Indian journal of veterinary science and animal husbandry - Volume 7,
Year: 1937
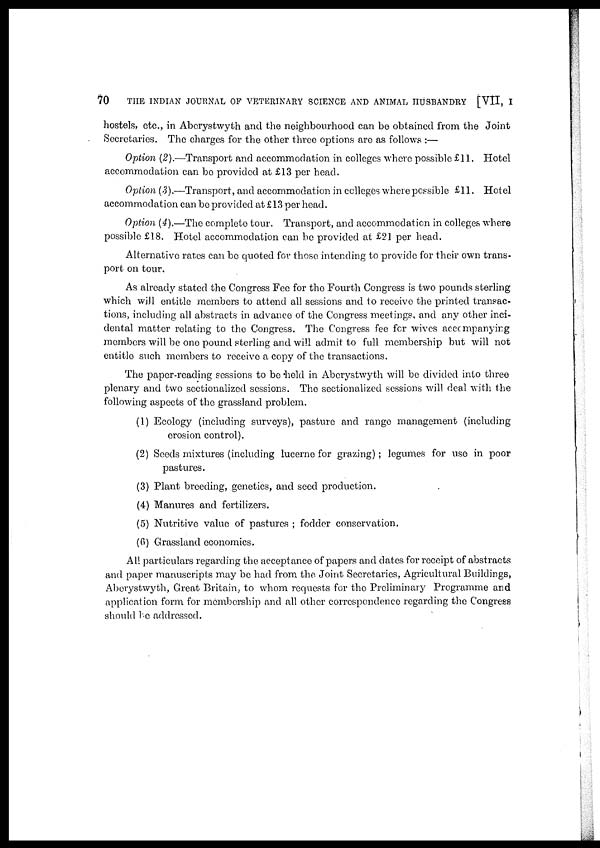
70
THE INDIAN JOURNAL OF VETERINARY SCIENCE AND ANIMAL HUSBANDRY [VII, I
hostels, etc., in Aberystwyth and the neighbourhood can be obtained from the Joint
Secretaries. The charges for the other three options are as follows :—.
Option (2).—Transport and accommodation in colleges where possible £11. Hotel
accommodation can be provided at £13 per head.
Option (3).—Transport, and accommodation in colleges where possible £11. Hotel
accommodation can be provided at £ 13 per head.
Option (4).—The complete tour. Transport, and accommodation in colleges where
possible £18. Hotel accommodation can be provided at £21 per head.
Alternative rates can be quoted for those intending to provide for their own trans-
port on tour.
As already stated the Congress Fee for the Fourth Congress is two pounds sterling
which will entitle members to attend all sessions and to receive the printed transac-
tions, including all abstracts in advance of the Congress meetings, and any other inci-
dental matter relating to the Congress. The Congress fee for wives accompanying
members will be one pound sterling and will admit to full membership but will not
entitle such members to receive a copy of the transactions.
The paper-reading sessions to be held in Aberystwyth will be divided into three
plenary and two sectionalized sessions. The sectionalized sessions will deal with the
following aspects of the grassland problem.
(1) Ecology (including surveys), pasture and range management (including
erosion control).
(2) Seeds mixtures (including lucerne for grazing); legumes for use in poor
pastures.
(3) Plant breeding, genetics, and seed production.
(4) Manures and fertilizers.
(5) Nutritive value of pastures ; fodder conservation.
(6) Grassland economics.
All particulars regarding the acceptance of papers and dates for receipt of abstracts
and paper manuscripts may be had from the Joint Secretaries, Agricultural Buildings,
Aberystwyth, Great Britain, to whom requests for the Preliminary Programme and
application form for membership and all other correspondence regarding the Congress
should be addressed.